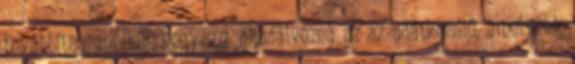
továbbítsa anélkül, hogy ezt akadályozná az az adatkezelő, amelynek